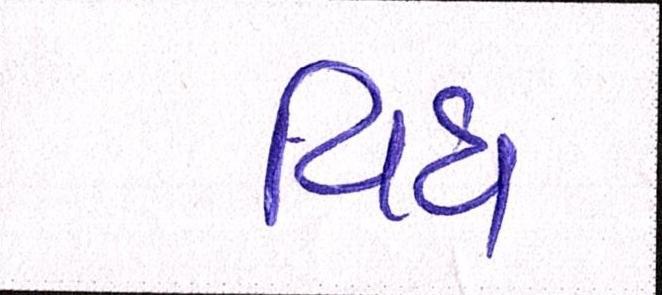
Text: વિધ